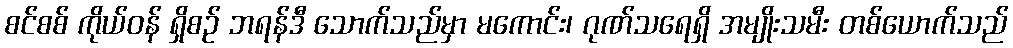
စင်စစ် ကိုယ်ဝန် ရှိစဉ် ဘရန်ဒီ သောက်သည်မှာ မကောင်း၊ ဂုဏ်သရေရှိ အမျိုးသမီး တစ်ယောက်သည်